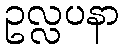
ဥလ္လပနာ